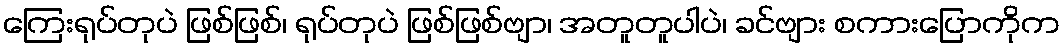
ကြေးရုပ်တုပဲ ဖြစ်ဖြစ်၊ ရုပ်တုပဲ ဖြစ်ဖြစ်ဗျာ၊ အတူတူပါပဲ၊ ခင်ဗျား စကားပြောကိုက